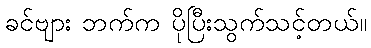
ခင်ဗျား ဘက်က ပိုပြီးသွက်သင့်တယ်။